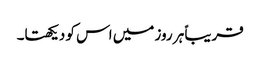
قریباً ہر روز میں اس کو دیکھتا۔